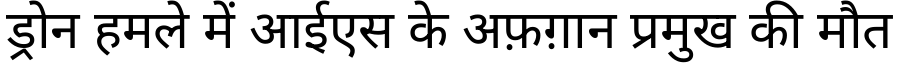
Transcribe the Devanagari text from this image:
ड्रोन हमले में आईएस के अफ़ग़ान प्रमुख की मौत